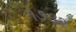
૧૭૩૨